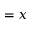
= x